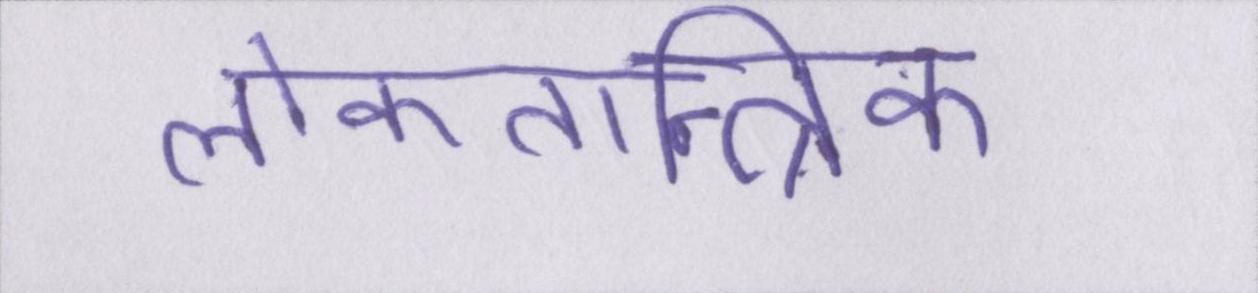
लोकतान्त्रिक